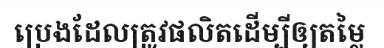
ប្រេងដែលត្រូវផលិតដើម្បីឲ្យតម្លៃ